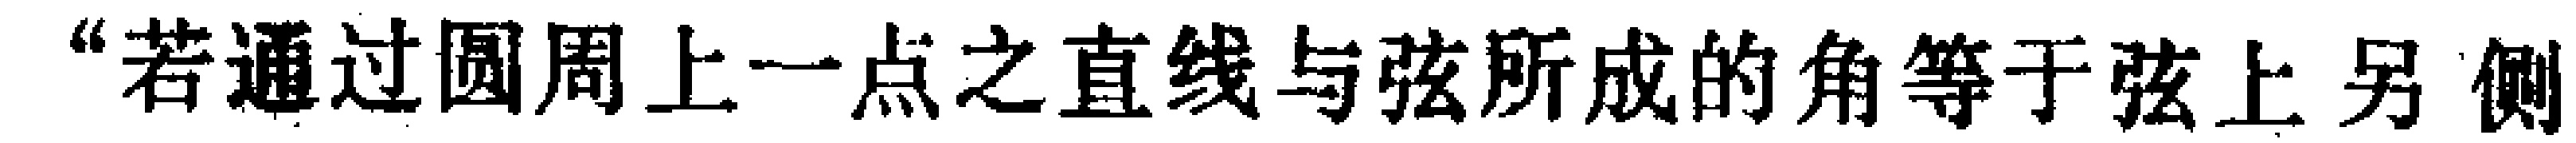
“若通过圆周上一点之直线与弦所成的角等于弦上另 侧